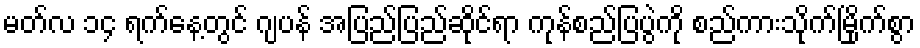
မတ်လ ၁၄ ရက်နေ့တွင် ဂျပန် အပြည်ပြည်ဆိုင်ရာ ကုန်စည်ပြပွဲကို စည်ကားသိုက်မြိုက်စွာ